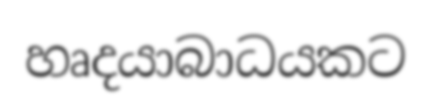
හෘදයාබාධයකට